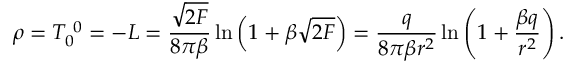
\rho = T _ { 0 } ^ { ~ 0 } = - { \cal L } = \frac { \sqrt { 2 { \cal F } } } { 8 \pi \beta } \ln \left( 1 + \beta \sqrt { 2 { \cal F } } \right) = \frac { q } { 8 \pi \beta r ^ { 2 } } \ln \left( 1 + \frac { \beta q } { r ^ { 2 } } \right) .